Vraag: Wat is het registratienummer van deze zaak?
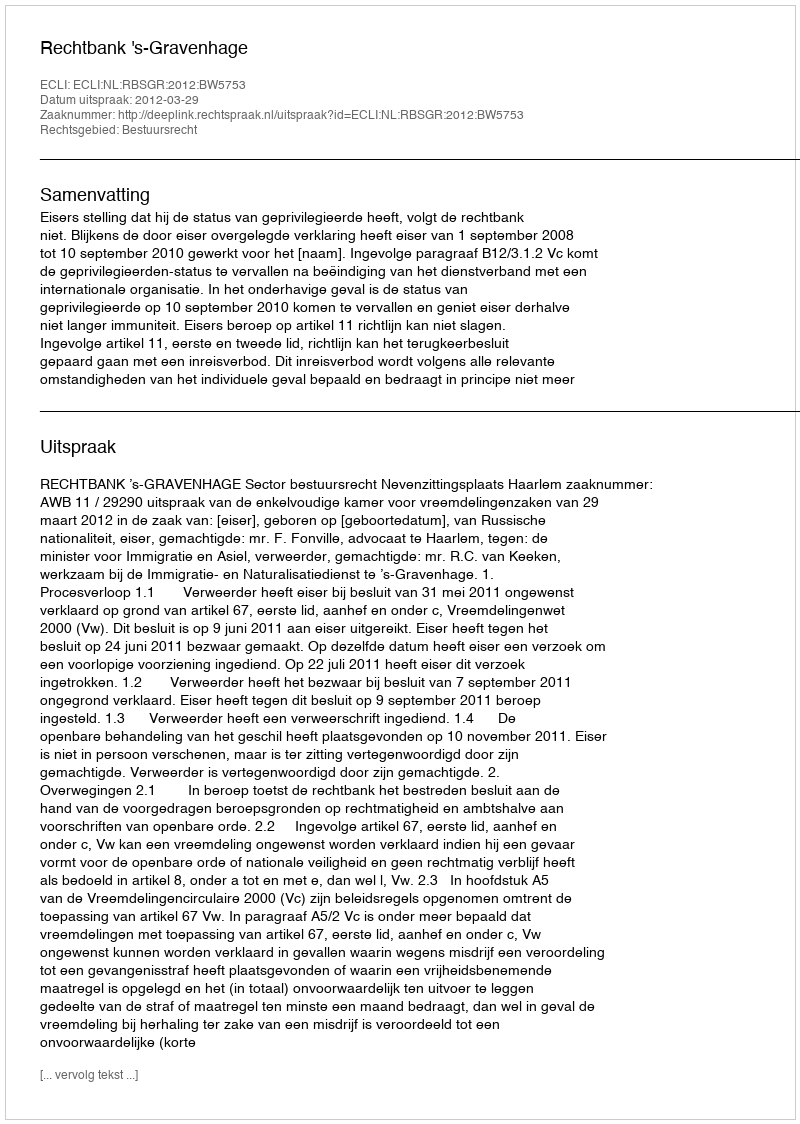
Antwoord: http://deeplink.rechtspraak.nl/uitspraak?id=ECLI:NL:RBSGR:2012:BW5753